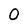
Character: 0